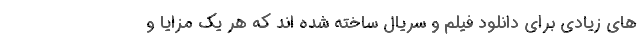
های زیادی برای دانلود فیلم و سریال ساخته شده اند که هر یک مزایا و